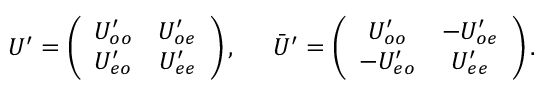
U ^ { \prime } = \left( \begin{array} { c c } { { U _ { o o } ^ { \prime } } } & { { U _ { o e } ^ { \prime } } } \\ { { U _ { e o } ^ { \prime } } } & { { U _ { e e } ^ { \prime } } } \end{array} \right) , \; \; \; \; \; \bar { U } ^ { \prime } = \left( \begin{array} { c c } { { U _ { o o } ^ { \prime } } } & { { - U _ { o e } ^ { \prime } } } \\ { { - U _ { e o } ^ { \prime } } } & { { U _ { e e } ^ { \prime } } } \end{array} \right) .